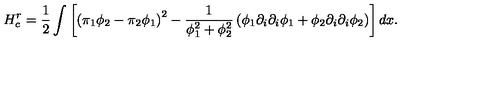
H _ { c } ^ { r } = { \frac { 1 } { 2 } } \int \left[ \left( \pi _ { 1 } \phi _ { 2 } - \pi _ { 2 } \phi _ { 1 } \right) ^ { 2 } - { \frac { 1 } { \phi _ { 1 } ^ { 2 } + \phi _ { 2 } ^ { 2 } } } \left( \phi _ { 1 } \partial _ { i } \partial _ { i } \phi _ { 1 } + \phi _ { 2 } \partial _ { i } \partial _ { i } \phi _ { 2 } \right) \right] d x .